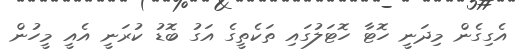
އެގިގެން މިދަނީ ހޮޓާ ހޮޓަލުގައި ތަކެތީގެ އަގު ބޮޑު ކުރަނީ އެއީ މީހުން